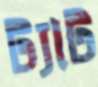
ট্যাট